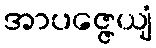
အာပဇ္ဇေယျံ